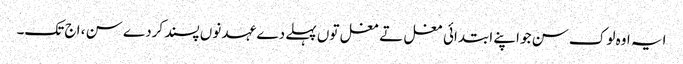
ایہ اوہ لوک سن جو اپنے ابتدائی مغل تے مغل تو‏ں پہلے دے عہد نو‏‏ں پسند کردے سن ، اج تک۔